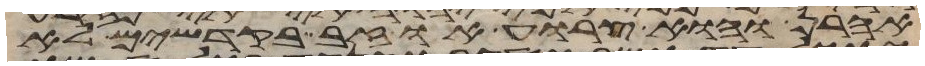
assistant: אהרן והוא צרוע או זב בקדשים לא